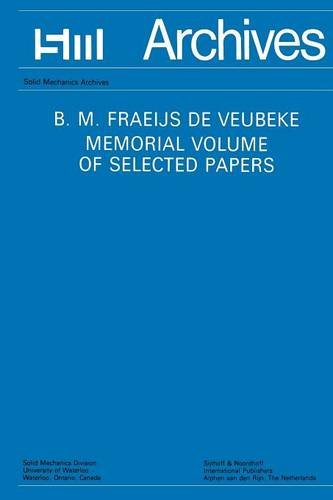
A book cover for B.M. Fraeijs De Veubeke Memorial Volume of Selected Papers; Engineering & Transportation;